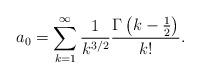
LaTeX: \begin{align*}a_0 = \sum_{k=1}^{\infty} \frac{1}{k^{3/2}}\frac{\Gamma\left(k-\frac{1}{2}\right)}{k!}.\end{align*}